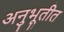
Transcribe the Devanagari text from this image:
अनुभूतीत